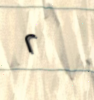
٢